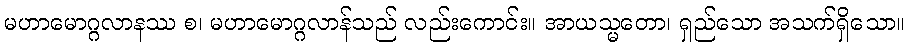
မဟာမောဂ္ဂလာနဿ စ၊ မဟာမောဂ္ဂလာန်သည် လည်းကောင်း။ အာယသ္မတော၊ ရှည်သော အသက်ရှိသော။